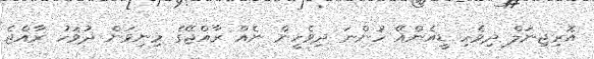
އޮރިޖިނަލް ދިވެހި ޑީއެންއޭ ހުންނަ ދިވެހީން ނެއް ރާއްޖޭގެ މިނިވަން ދުވަހު ރާއްޖެ